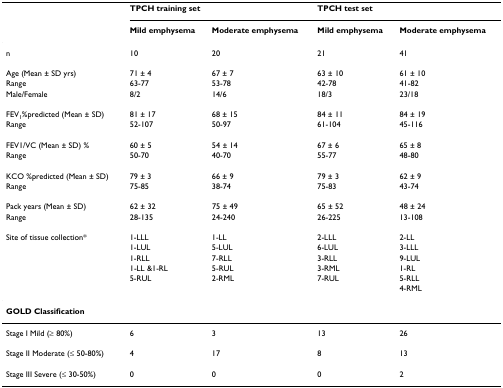
<table><thead><tr><td></td><td colspan="2"><b>TPCH training set</b></td><td colspan="2"><b>TPCH test set</b></td></tr><tr><td></td><td><b>Mild emphysema</b></td><td><b>Moderate emphysema</b></td><td><b>Mild emphysema</b></td><td><b>Moderate emphysema</b></td></tr></thead><tbody><tr><td>n</td><td>10</td><td>20</td><td>21</td><td>41</td></tr><tr><td>Age (Mean ± SD yrs)</td><td>71 ± 4</td><td>67 ± 7</td><td>63 ± 10</td><td>61 ± 10</td></tr><tr><td>Range</td><td>63-77</td><td>53-78</td><td>42-78</td><td>41-82</td></tr><tr><td>Male/Female</td><td>8/2</td><td>14/6</td><td>18/3</td><td>23/18</td></tr><tr><td>FEV<sub>1</sub>%predicted (Mean ± SD)</td><td>81 ± 17</td><td>68 ± 15</td><td>84 ± 11</td><td>84 ± 19</td></tr><tr><td>Range</td><td>52-107</td><td>50-97</td><td>61-104</td><td>45-116</td></tr><tr><td>FEV1/VC (Mean ± SD) %</td><td>60 ± 5</td><td>54 ± 14</td><td>67 ± 6</td><td>65 ± 8</td></tr><tr><td>Range</td><td>50-70</td><td>40-70</td><td>55-77</td><td>48-80</td></tr><tr><td>KCO %predicted (Mean ± SD)</td><td>79 ± 3</td><td>66 ± 9</td><td>79 ± 3</td><td>62 ± 9</td></tr><tr><td>Range</td><td>75-85</td><td>38-74</td><td>75-83</td><td>43-74</td></tr><tr><td>Pack years (Mean ± SD)</td><td>62 ± 32</td><td>75 ± 49</td><td>65 ± 52</td><td>48 ± 24</td></tr><tr><td>Range</td><td>28-135</td><td>24-240</td><td>26-225</td><td>13-108</td></tr><tr><td>Site of tissue collection*</td><td>1-LLL</td><td>1-LL</td><td>2-LLL</td><td>2-LL</td></tr><tr><td></td><td>1-LUL</td><td>5-LUL</td><td>6-LUL</td><td>3-LLL</td></tr><tr><td></td><td>1-RLL</td><td>7-RLL</td><td>3-RLL</td><td>9-LUL</td></tr><tr><td></td><td>1-LL &amp;1-RL</td><td>5-RUL</td><td>3-RML</td><td>1-RL</td></tr><tr><td></td><td>5-RUL</td><td>2-RML</td><td>7-RUL</td><td>5-RLL</td></tr><tr><td></td><td></td><td></td><td></td><td>4-RML</td></tr><tr><td colspan="5"><b>GOLD Classification</b></td></tr><tr><td>Stage I Mild (≥ 80%)</td><td>6</td><td>3</td><td>13</td><td>26</td></tr><tr><td>Stage II Moderate (≤ 50-80%)</td><td>4</td><td>17</td><td>8</td><td>13</td></tr><tr><td>Stage III Severe (≤ 30-50%)</td><td>0</td><td>0</td><td>0</td><td>2</td></tr></tbody></table>